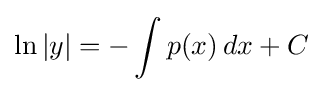
\ln |y|=-\int p(x)\,dx+C